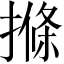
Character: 𭢌